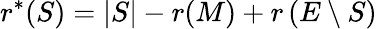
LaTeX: r^{*}(S)=|S|-r(M)+r\left(E\setminus S\right)